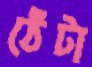
ঠেঁটা